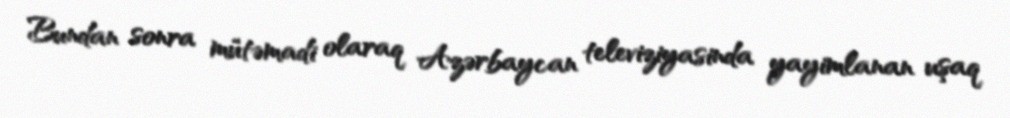
Bundan sonra mütəmadi olaraq Azərbaycan televiziyasinda yayimlanan uşaq